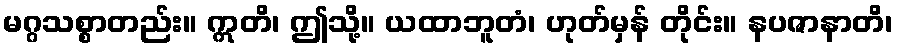
မဂ္ဂသစ္စာတည်း။ ဣတိ၊ ဤသို့။ ယထာဘူတံ၊ ဟုတ်မှန် တိုင်း။ နပဇာနာတိ၊